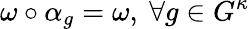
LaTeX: \omega\circ\alpha_{g}=\omega,\ \forall g\in G^{\kappa}